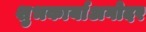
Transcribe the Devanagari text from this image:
शुभकार्याअगोदर